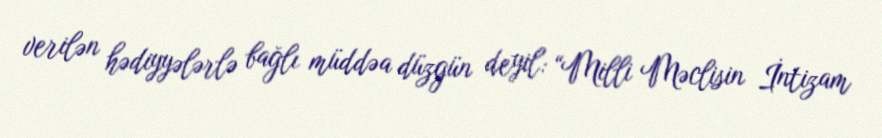
verilən hədiyyələrlə bağlı müddəa düzgün deyil: “Milli Məclisin İntizam